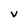
Character: V